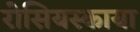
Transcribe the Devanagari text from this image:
रोसियस्काया